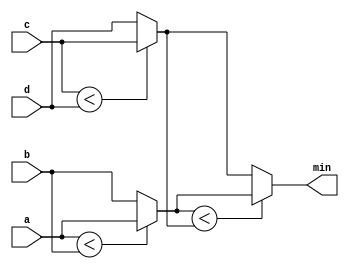
module top_module (
    input [7:0] a, b, c, d,
    output [7:0] min);//

    wire [7:0]intermediate_result1;
    wire [7:0]intermediate_result2;
    assign intermediate_result1 = (a < b) ? a : b;
    assign intermediate_result2 = (c < d) ? c : d;
    assign min 					= (intermediate_result1 < intermediate_result2) ? intermediate_result1 : intermediate_result2;



endmodule